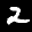
Label: 2